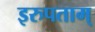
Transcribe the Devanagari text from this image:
इरुपताम्